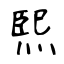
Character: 𤋮